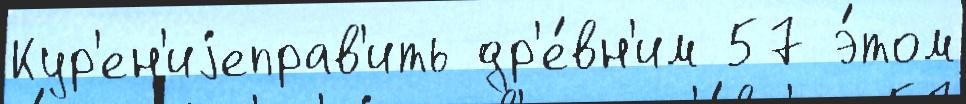
Кур'ен'иjеправ'ить др'е́вн'им 57 э́том